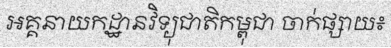
អគ្គនាយកដ្ឋានវិទ្យុជាតិកម្ពុជា ចាក់ផ្សាយ៖